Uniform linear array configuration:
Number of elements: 16
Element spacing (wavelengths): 0.5
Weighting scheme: blackman
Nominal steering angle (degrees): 45
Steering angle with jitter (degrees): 45.761
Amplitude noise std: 0.05
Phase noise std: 0.05

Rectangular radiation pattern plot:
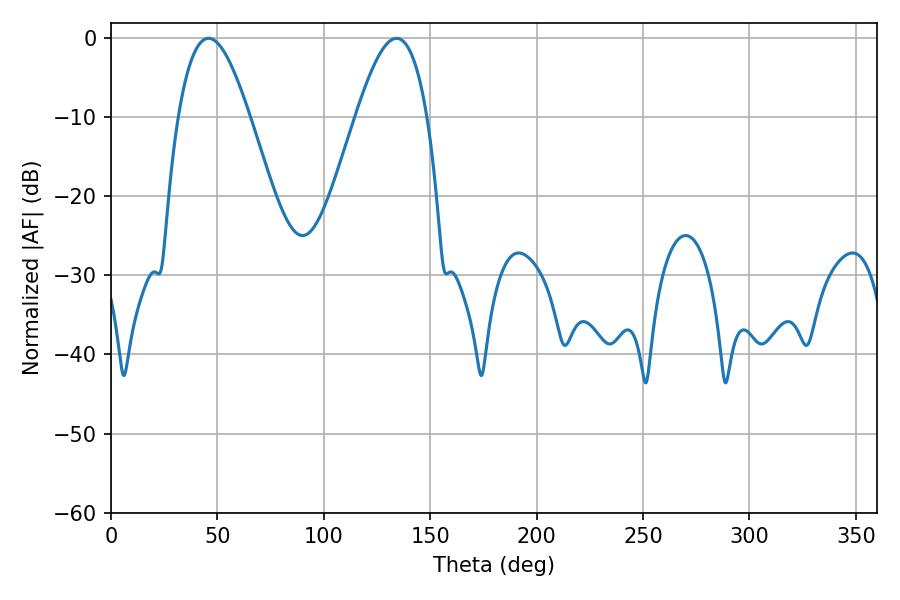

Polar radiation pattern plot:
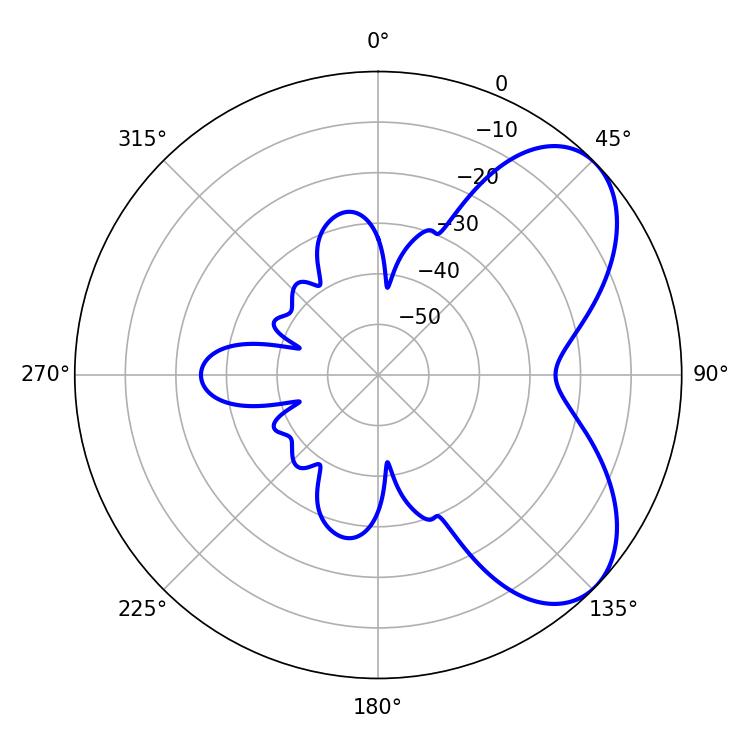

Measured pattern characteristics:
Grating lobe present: FALSE
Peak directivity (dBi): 5.992
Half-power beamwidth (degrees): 18.18
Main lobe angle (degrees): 45.9